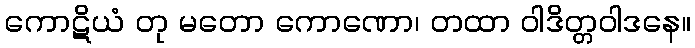
ကောဋိယံ တု မတော ကောဏော၊ တထာ ဝါဒိတ္တဝါဒနေ။